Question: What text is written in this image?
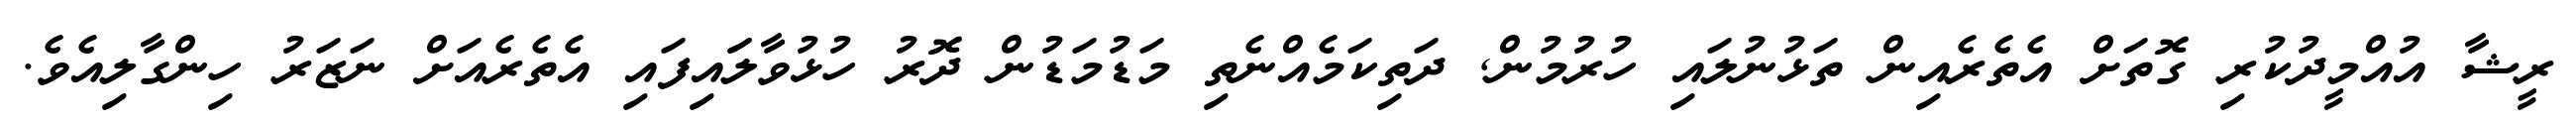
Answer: ރީޝާ އުއްމީދުކުރި ގޮތަށް އެތެރެއިން ތަޅުނުލައި ހުރުމުން, ދަތިކަމެއްނެތި މަޑުމަޑުން ދޮރު ހުޅުވާލަައިފައި އެތެރެއަށް ނަޒަރު ހިންގާލިއެވެ.